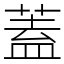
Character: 蓋